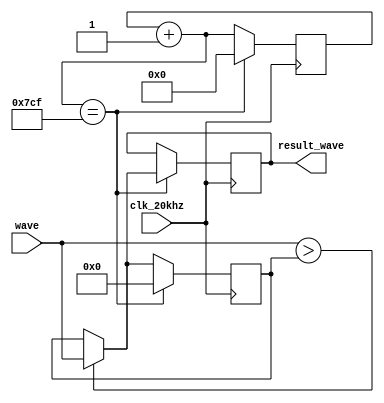
`timescale 1ns / 1ps
//////////////////////////////////////////////////////////////////////////////////
// Company: 
// Engineer: 
// 
// Design Name: 
// Module Name: my_running_max
// Project Name: 
// Target Devices: 
// Tool Versions: 
// Description: 
// 
// Dependencies: 
// 
// Revision:
// Revision 0.01 - File Created
// Additional Comments:
// 
//////////////////////////////////////////////////////////////////////////////////

module my_running_max(input clk_20khz, input [11:0] wave, output reg [11:0] result_wave);
    reg[12:0] sub_clock; //this clock runs at 2Hz
    reg[11:0] temp_max;
    initial begin
        result_wave = 0;
        sub_clock = 0;
        temp_max = 0;
    end
    
    always @(posedge clk_20khz) begin
        temp_max = (wave > temp_max) ? wave : temp_max;
        sub_clock = sub_clock+1;
        if(sub_clock == 1999)
            begin
                //reset sub_clock
                sub_clock = 0;
                //set the result_wave
                result_wave = temp_max;
                //reset the temp_max which wont affect result_wave
                temp_max = 0;
            end    
    end
endmodule